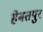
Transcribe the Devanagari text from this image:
हेबतपुर